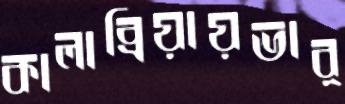
কালাব্রিয়ায়ভার্